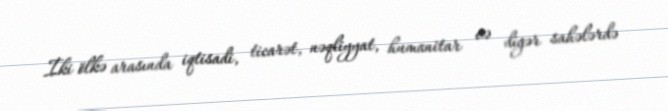
İki ölkə arasında iqtisadi, ticarət, nəqliyyat, humanitar və digər sahələrdə